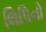
લિપિનો